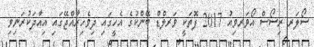
ސޯލަރ ރިސޯސް އޯވަރވިއު 2017 ފޮތަކީ ވަރލްޑް ބޭންކުގެ އެހީގައި ދިވެހިރާއްޖޭގައި އިއާދަކުރަނިވި